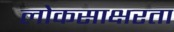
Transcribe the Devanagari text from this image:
लोकसाक्षरता